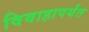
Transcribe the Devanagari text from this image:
विवाहापर्यंत